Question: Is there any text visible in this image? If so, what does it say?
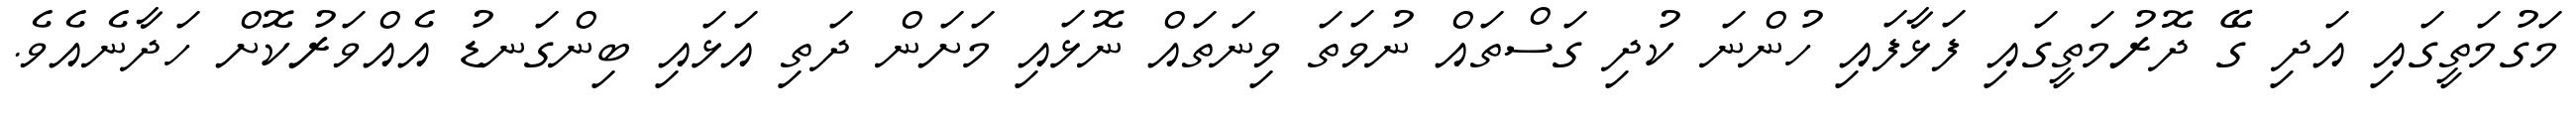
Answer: މަގުމަތީގައި އަދި ގޭ ދޮރުމަތީގައި ފަޅާފައި ހުންނަ ކުދި ގަސްތައް ނުވަތަ ވިނަތައް ނޮޅައި މަށަން ދަތި އަޅައި ބިންގަނޑު އެއްވަރުކޮށް ހަދާނެއެވެ.